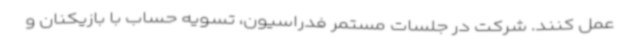
عمل کنند. شرکت در جلسات مستمر فدراسیون، تسویه حساب با بازیکنان و